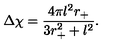
\Delta \chi = \frac { 4 \pi l ^ { 2 } r _ { + } } { 3 r _ { + } ^ { 2 } + l ^ { 2 } } .